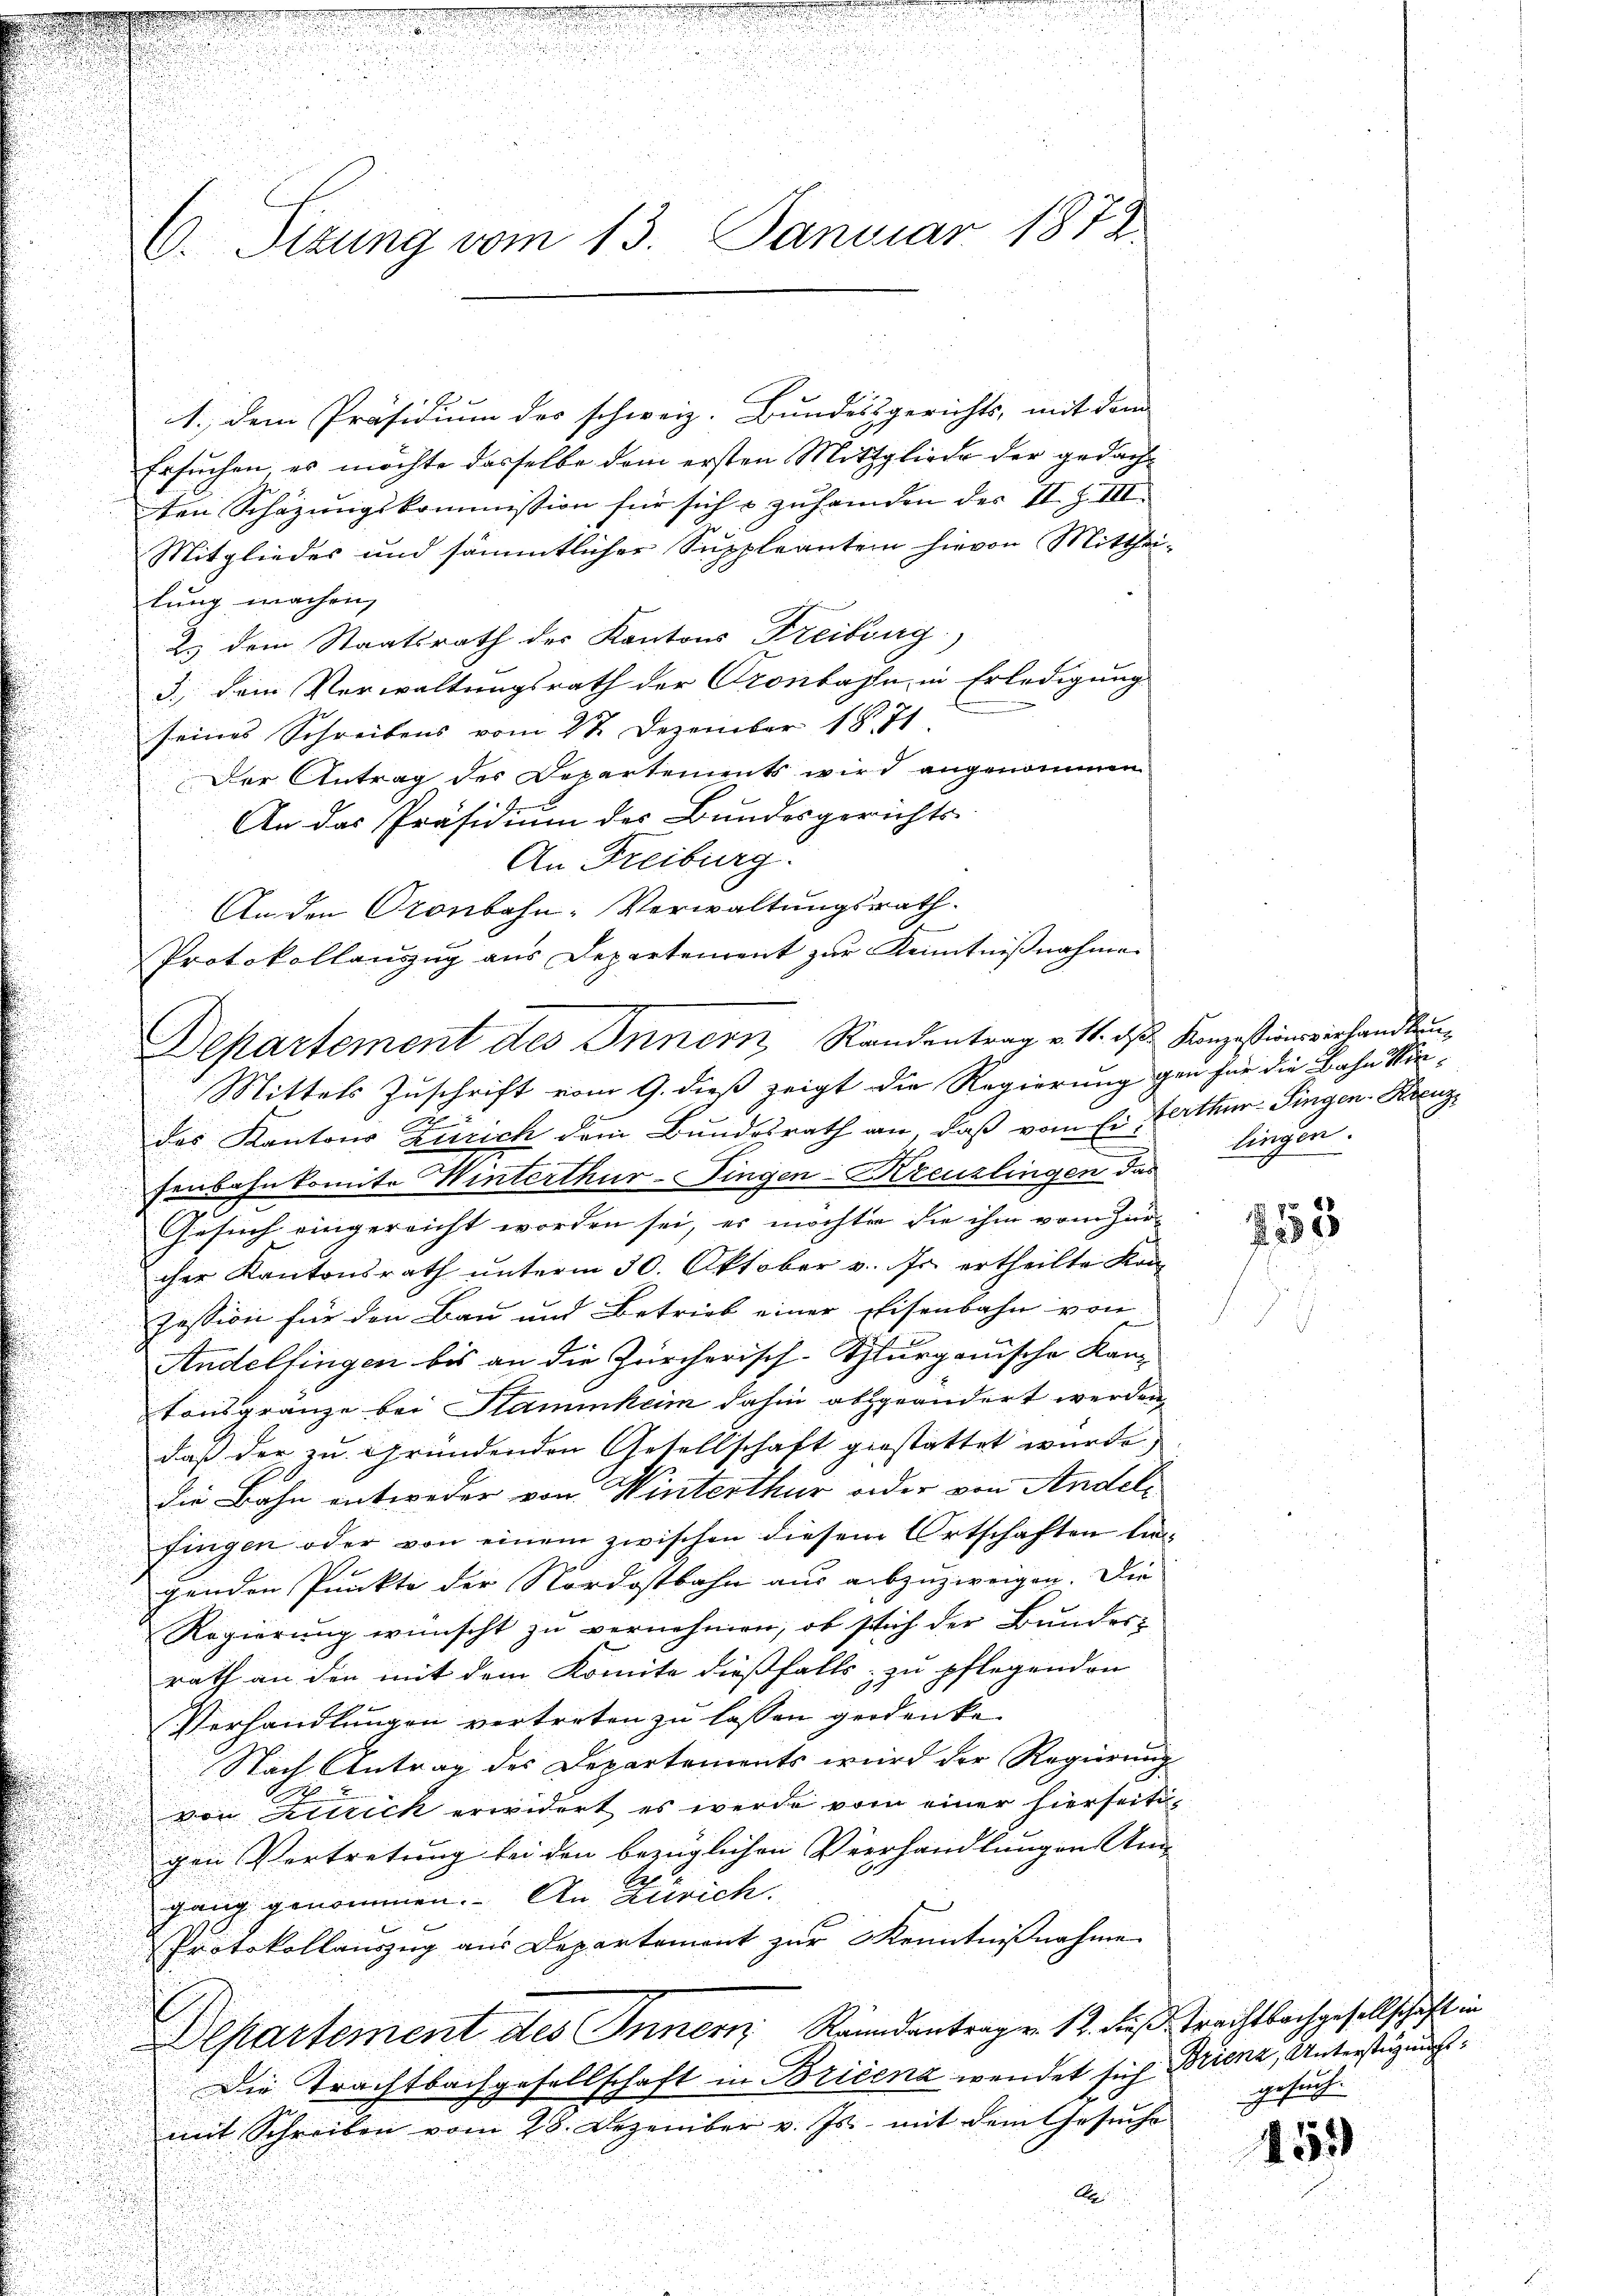
i
u
1., dem Präsidium des schweiz. Bundesgerichts, mit dem
Ersuchen es möchte dasselbe dem ersten Mittgliede der gedachten Schazungskommission für sich u zuhanden der II. Z. III.
Mitgliedes und sämmtlicher Suppleantein hievon Mitthei-
tung machen,
2. dem Staatsrath des Kantons Freiburg,
3., Dein Verwaltungsrath der Cronbahn in Erledigung
seines Schreibens vom 2te Dezember 1871
Der Antrag des Departements wird angenommen
An das Präsidium des Bundesgerichts-
An Freiburg.
An den Oronbahn-Verwaltungsrath.
Protokollanzug aus Departement zur Kenntnißnahme
Mittels Zuschrift vom 9. dieß zeigt die Regierung gen für die Bahn Kin-
des Kantons Zürich dem Bundesrath an, daß vom Ei erthur Singen-Kreuz
fenbahnkomite Winterthur-Fingen-Kreuzlingen das
Gesuch eingereicht worden sei, es möchten sie ihm vom Zur-
cher Kantonsrath unterm 30. Oktober v. Js. ertheilte Konzession für den Bau und Betrieb einer Eisenbahn von
Andelfingen bis an die Zürcherisch-Thurgauische Kan-
tonsgränze bei Stammheim dahin abgeändert werden,
daß der zu gründenden Gesellschaft gestattet wurde,
die Bahn entweder von Winterthur weder von Andels
fingen oder von einem zwischen diesem Ortschaften lie¬

genden Punkte der Nordostbahn aus abzuzweigen. Die
Regierung wünscht zu vernehmen, ob sich der Bundes-
rath an den mit dem Komite dießfalls zu pflegenden
Verhandlungen vertreten zu lassen gedenke.
Nach Antrag des Departements wird der Regierung
von Zutrick erwidert es werde vom einer hierseitigen Vortretung bei den bezüglichen Verhandlungen Angang genommen. An Zürich.
Protokollaŭszŭg aŭs Departement zŭr Kenntnißnahme
Departement des Innern Raundantragen. 12. dies Trachtbachgesellschaft in
Die Trachtbachgesellschaft in Bricena wendet sich Brienz, Unterstüzungsmit Schreiben vom 28. Dezember v. Js. mit dem Gesŭche
A

C. Sizung vom 13. Januar 1878

Departement des Innern, Randentrag v. 11. ds. Konzessionsverhandlung

lingen.

8
1553

gesuche

455